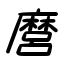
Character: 麿